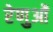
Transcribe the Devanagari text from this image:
रेणुओं